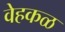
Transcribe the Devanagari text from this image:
वेहकळ